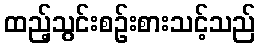
ထည့်သွင်းစဉ်းစားသင့်သည်